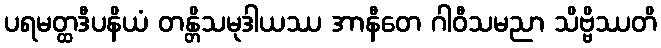
ပရမတ္ထဒီပနိယံ တန္တိသမုဒါယဿ အာနီတေ ဂါဝီသမညာ သိဗ္ဗိဿတိ